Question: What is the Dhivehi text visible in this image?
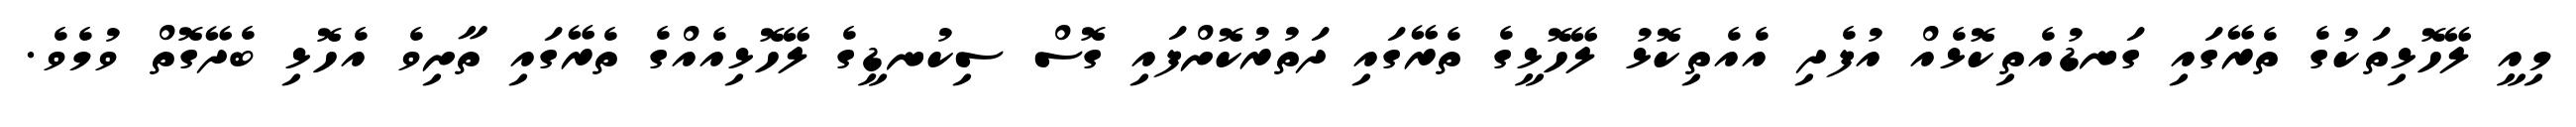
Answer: މިއީ ލޭހޮޅިތަކުގެ ތެރޭގައި ގަނޑުއެތިކޮޅެއް އުފެދި އެއެތިކޮޅު ލޭހޮޅީގެ ތެރޭގައި ދަތުރުކޮށްފައި ގޮސް ސިކުނޑީގެ ލޭހޮޅިއެއްގެ ތެރޭގައި ތާށިވެ އެހޮޅި ބެދޭގޮތް ވުމެވެ.